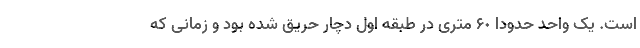
است. یک واحد حدودا ۶٠ متری در طبقه اول دچار حریق شده بود و زمانی که